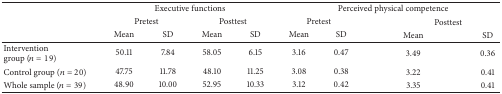
| <ROWSPAN=3>  | <COLSPAN=4> Executive functions | <COLSPAN=4> Perceived physical competence |
 | <COLSPAN=2> Pretest | <COLSPAN=2> Posttest | <COLSPAN=2> Pretest | <COLSPAN=2> Posttest |
 | Mean | SD | Mean | SD | Mean | SD | Mean | SD |
 | --- | --- | --- | --- | --- | --- | --- | --- | --- |
 | Intervention group (n = 19) | 50.11 | 7.84 | 58.05 | 6.15 | 3.16 | 0.47 | 3.49 | 0.36 |
 | Control group (n = 20) | 47.75 | 11.78 | 48.10 | 11.25 | 3.08 | 0.38 | 3.22 | 0.41 |
 | Whole sample (n = 39) | 48.90 | 10.00 | 52.95 | 10.33 | 3.12 | 0.42 | 3.35 | 0.41 |